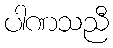
ပါဏသညီ